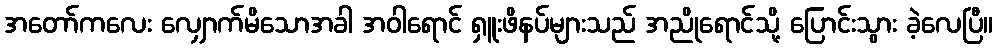
အတော်ကလေး လျှောက်မိသောအခါ အဝါရောင် ရှူးဖိနပ်များသည် အညိုရောင်သို့ ပြောင်းသွား ခဲ့လေပြီ။